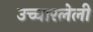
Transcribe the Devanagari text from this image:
उच्चारलेली